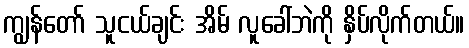
ကျွန်တော် သူငယ်ချင်း အိမ် လူခေါ်ဘဲကို နှိပ်လိုက်တယ်။